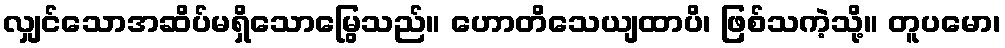
လျှင်သောအဆိပ်မရှိသောမြွေသည်။ ဟောတိသေယျထာပိ၊ ဖြစ်သကဲ့သို့။ တူပမော၊